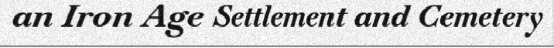
an Iron Age Settlement and Cemetery